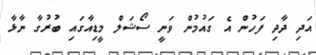
އަދި ދާދި ފަހުން އެ ގައުމުން ވަނީ ސޯޝަލް މީޑިއާގައި ބުރުގާ ނާޅާ